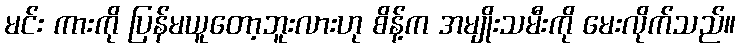
မင်း ကားကို ပြန်မယူတော့ဘူးလားဟု စိန့်က အမျိုးသမီးကို မေးလိုက်သည်။